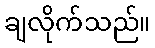
ချလိုက်သည်။